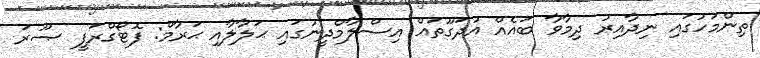
ތިންމަހުގައި ނިދާއިރު ދިމާވާ ބައެއް އުދަގޫތައް އިސްލާމްދީނުގައި ޙަލާލާއި ޙަރާމް: ފޮޓޯގްރަފީ ޞޫރަ